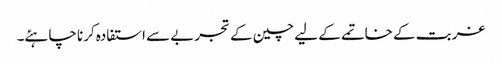
غربت کے خاتمے کے لیے چین کے تجربے سے استفادہ کرنا چاہئے۔